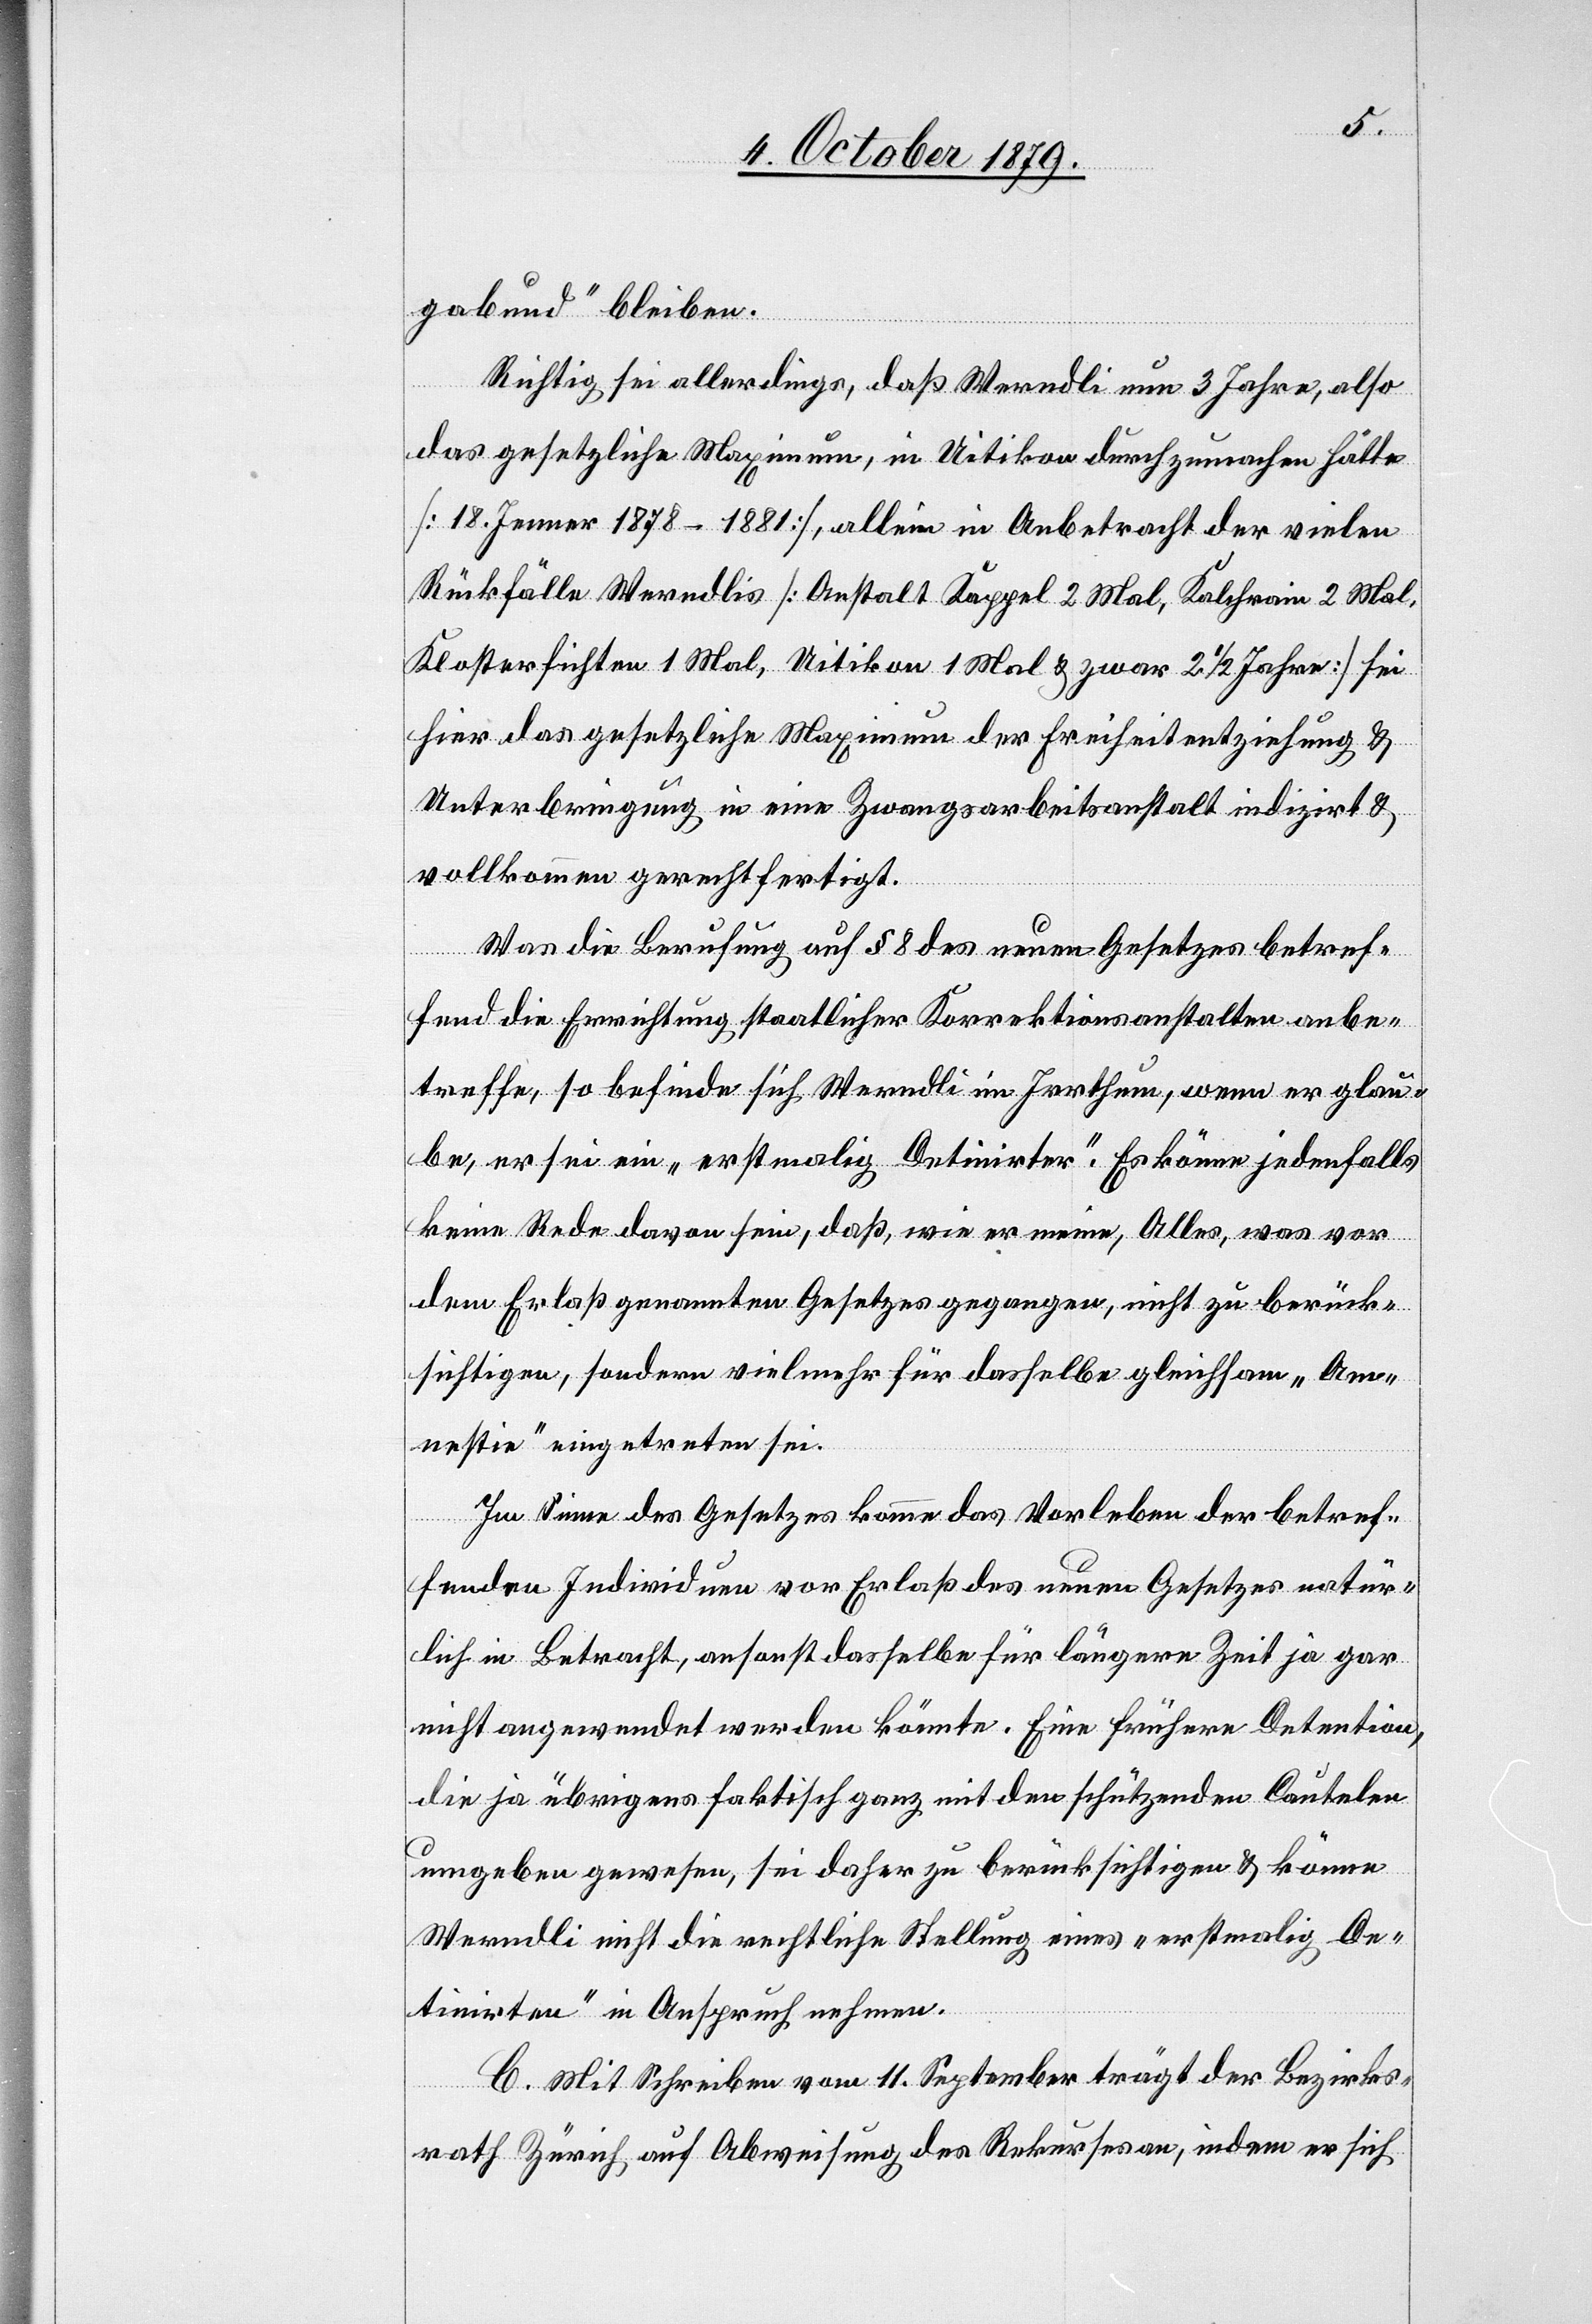
gabund“ bleiben.
Richtig sei allerdings, daß Werndli nun 3 Jahre, also
das gesetzliche Maximum, in Uitikon durchzumachen hätte
[19. Jenner 1878–1881], allein in Anbetracht der vielen
Rückfälle Werndlis [Anstalt Kappel 2 Mal, Kalchrain 2 Mal,
Klosterfichten 1 Mal, Uitikon 1 Mal & zwar 2 ½ Jahre] sei
hier das gesetzliche Maximum der Freiheitentziehung &
Unterbringung in eine Zwangsarbeitsanstalt indizirt &
vollkommen gerechtfertigt.
Was die Berufung auf § 8 des neuen Gesetzes betref¬
fend die Errichtung staatlicher Korrektionsanstalten anbe¬
treffe, so befinde sich Werndli im Irrthum, wenn er glau¬
be, er sei ein „erstmalig Detinirter“. Es könne jedenfalls
keine Rede davon sein, daß, wie er meine, Alles, was vor
dem Erlaß genannten Gesetzes gegangen, nicht zu berück¬
sichtigen, sondern vielmehr für dasselbe gleichsam „Am¬
nestie“ eingetreten sei.
Im Sinne des Gesetzes komme das Vorleben der betref¬
fenden Individuen vor Erlaß des neuen Gesetzes natür¬
lich in Betracht, ansonst derselbe für längere Zeit ja gar
nicht angewendet werden könnte. Eine frühere Detention,
die ja übrigens faktisch ganz mit der schützenden Cautelen
umgeben gewesen, sei daher zu berücksichtigen & könne
Werndli nicht die rechtliche Stellung eines „erstmalig De¬
tinirten“ in Anspruch nehmen.
C. Mit Schreiben vom 11. September trägt der Bezirks¬
rath Zürich auf Abweisung des Rekurses an, indem er sich